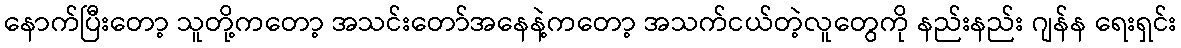
နောက်ပြီးတော့ သူတို့ကတော့ အသင်းတော်အနေနဲ့ကတော့ အသက်ငယ်တဲ့လူတွေကို နည်းနည်း ဂျန်န ရေးရှင်း